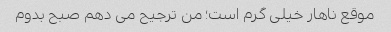
موقع ناهار خیلی گرم است؛ من ترجیح می دهم صبح بدوم